Report of cholera committee
Disease focus: Cholera
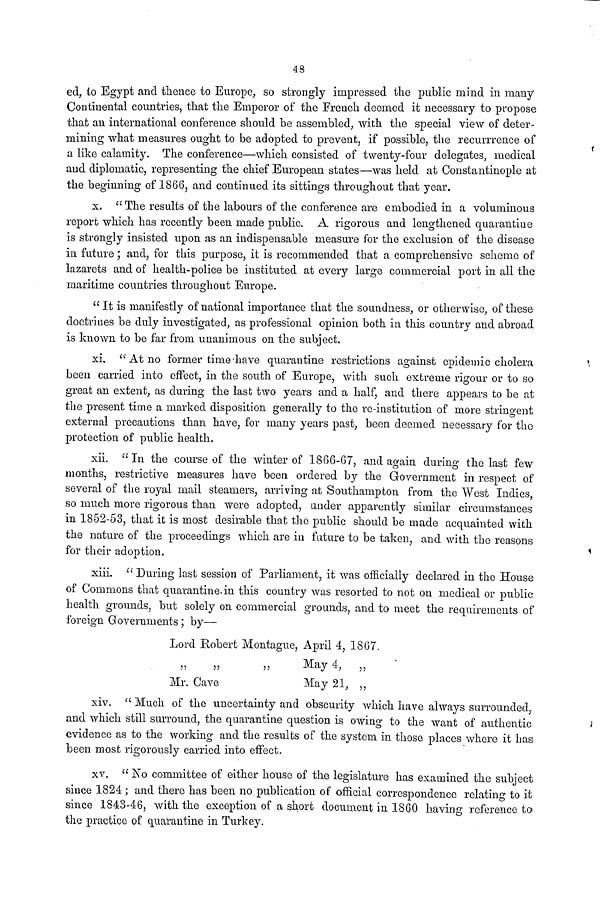
48
ed, to Egypt and thence to Europe, so strongly impressed the public mind in many
Continental countries, that the Emperor of the French deemed it necessary to propose
that an international conference should he assembled, with the special view of deter-
mining what measures ought to be adopted to prevent, if possible, the recurrrence of
a like calamity. The conference—which consisted of twenty-four delegates, medical
and diplomatic, representing the chief European states—was held at Constantinople at
the beginning of 1866, and continued its sittings throughout that year.
x. " The results of the labours of the conference are embodied in a voluminous
report which has recently been made public. A rigorous and lengthened quarantine
is strongly insisted upon as an indispensable measure for the exclusion of the disease
in future ; and, for this purpose, it is recommended that a comprehensive scheme of
lazarets and of health-police be instituted at every large commercial port in all the
maritime countries throughout Europe.
"It is manifestly of national importance that the soundness, or otherwise, of these
doctrines be duly investigated, as professional opinion both in this country and abroad
is known to be far from unanimous on the subject,
xi, " At no former time have quarantine restrictions against epidemic cholera
been carried into effect, in the south of Europe, with such extreme rigour or to so
great an extent, as during the last two years and a half, and there appears to be at
the present time a marked disposition generally to the re-institution of more stringent
external precautions than have, for many years past, been deemed necessary for the
protection of public health.
xii. "In the course of the winter of 1866-67, and again during the last few
months, restrictive measures have been ordered by the Government in respect of
several of the royal mail steamers, arriving at Southampton from the West Indies,
so much more rigorous than were adopted, under apparently similar circumstances
in 1852-53, that it is most desirable that the public should be made acquainted with
the nature of the proceedings which are in future to be taken, and with the reasons
for their adoption.
xiii. " During last session of Parliament, it was officially declared in the House
of Commons that quarantine in this country was resorted to not on medical or public
health grounds, but solely on commercial grounds, and to meet the requirements of
foreign Governments ; by—
Lord Robert Montague, April 4, 1867,
May 4, „
Mr. Cave
May 21, „
xiv. " Much of the uncertainty and obscurity which have always surrounded,
and which still surround, the quarantine question is owing to the want of authentic
evidence as to the working and the results of the system in those places where it has
been most rigorously carried into effect.
xv. " No committee of either house of the legislature has examined the subject
since 1824 ; and there has been no publication of official correspondence relating to it
since 1843-46, with the exception of a short document in 1860 having reference to
the practice of quarantine in Turkey.